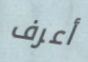
أعرف